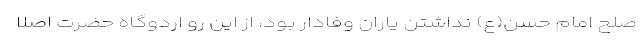
صلح امام حسن(ع) نداشتن یاران وفادار بود، از این رو اردوگاه حضرت اصلا